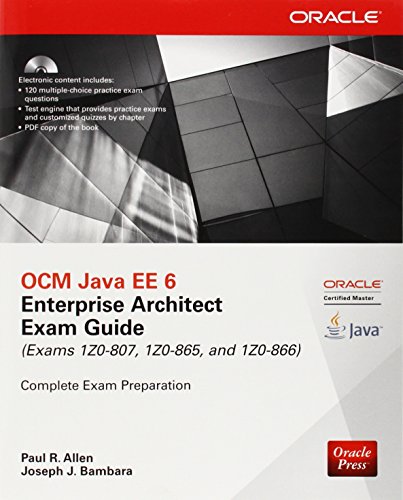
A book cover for OCM Java EE 6 Enterprise Architect Exam Guide (Exams 1Z0-807, 1Z0-865 & 1Z0-866) (Oracle Press); Paul Allen; Computers & Technology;